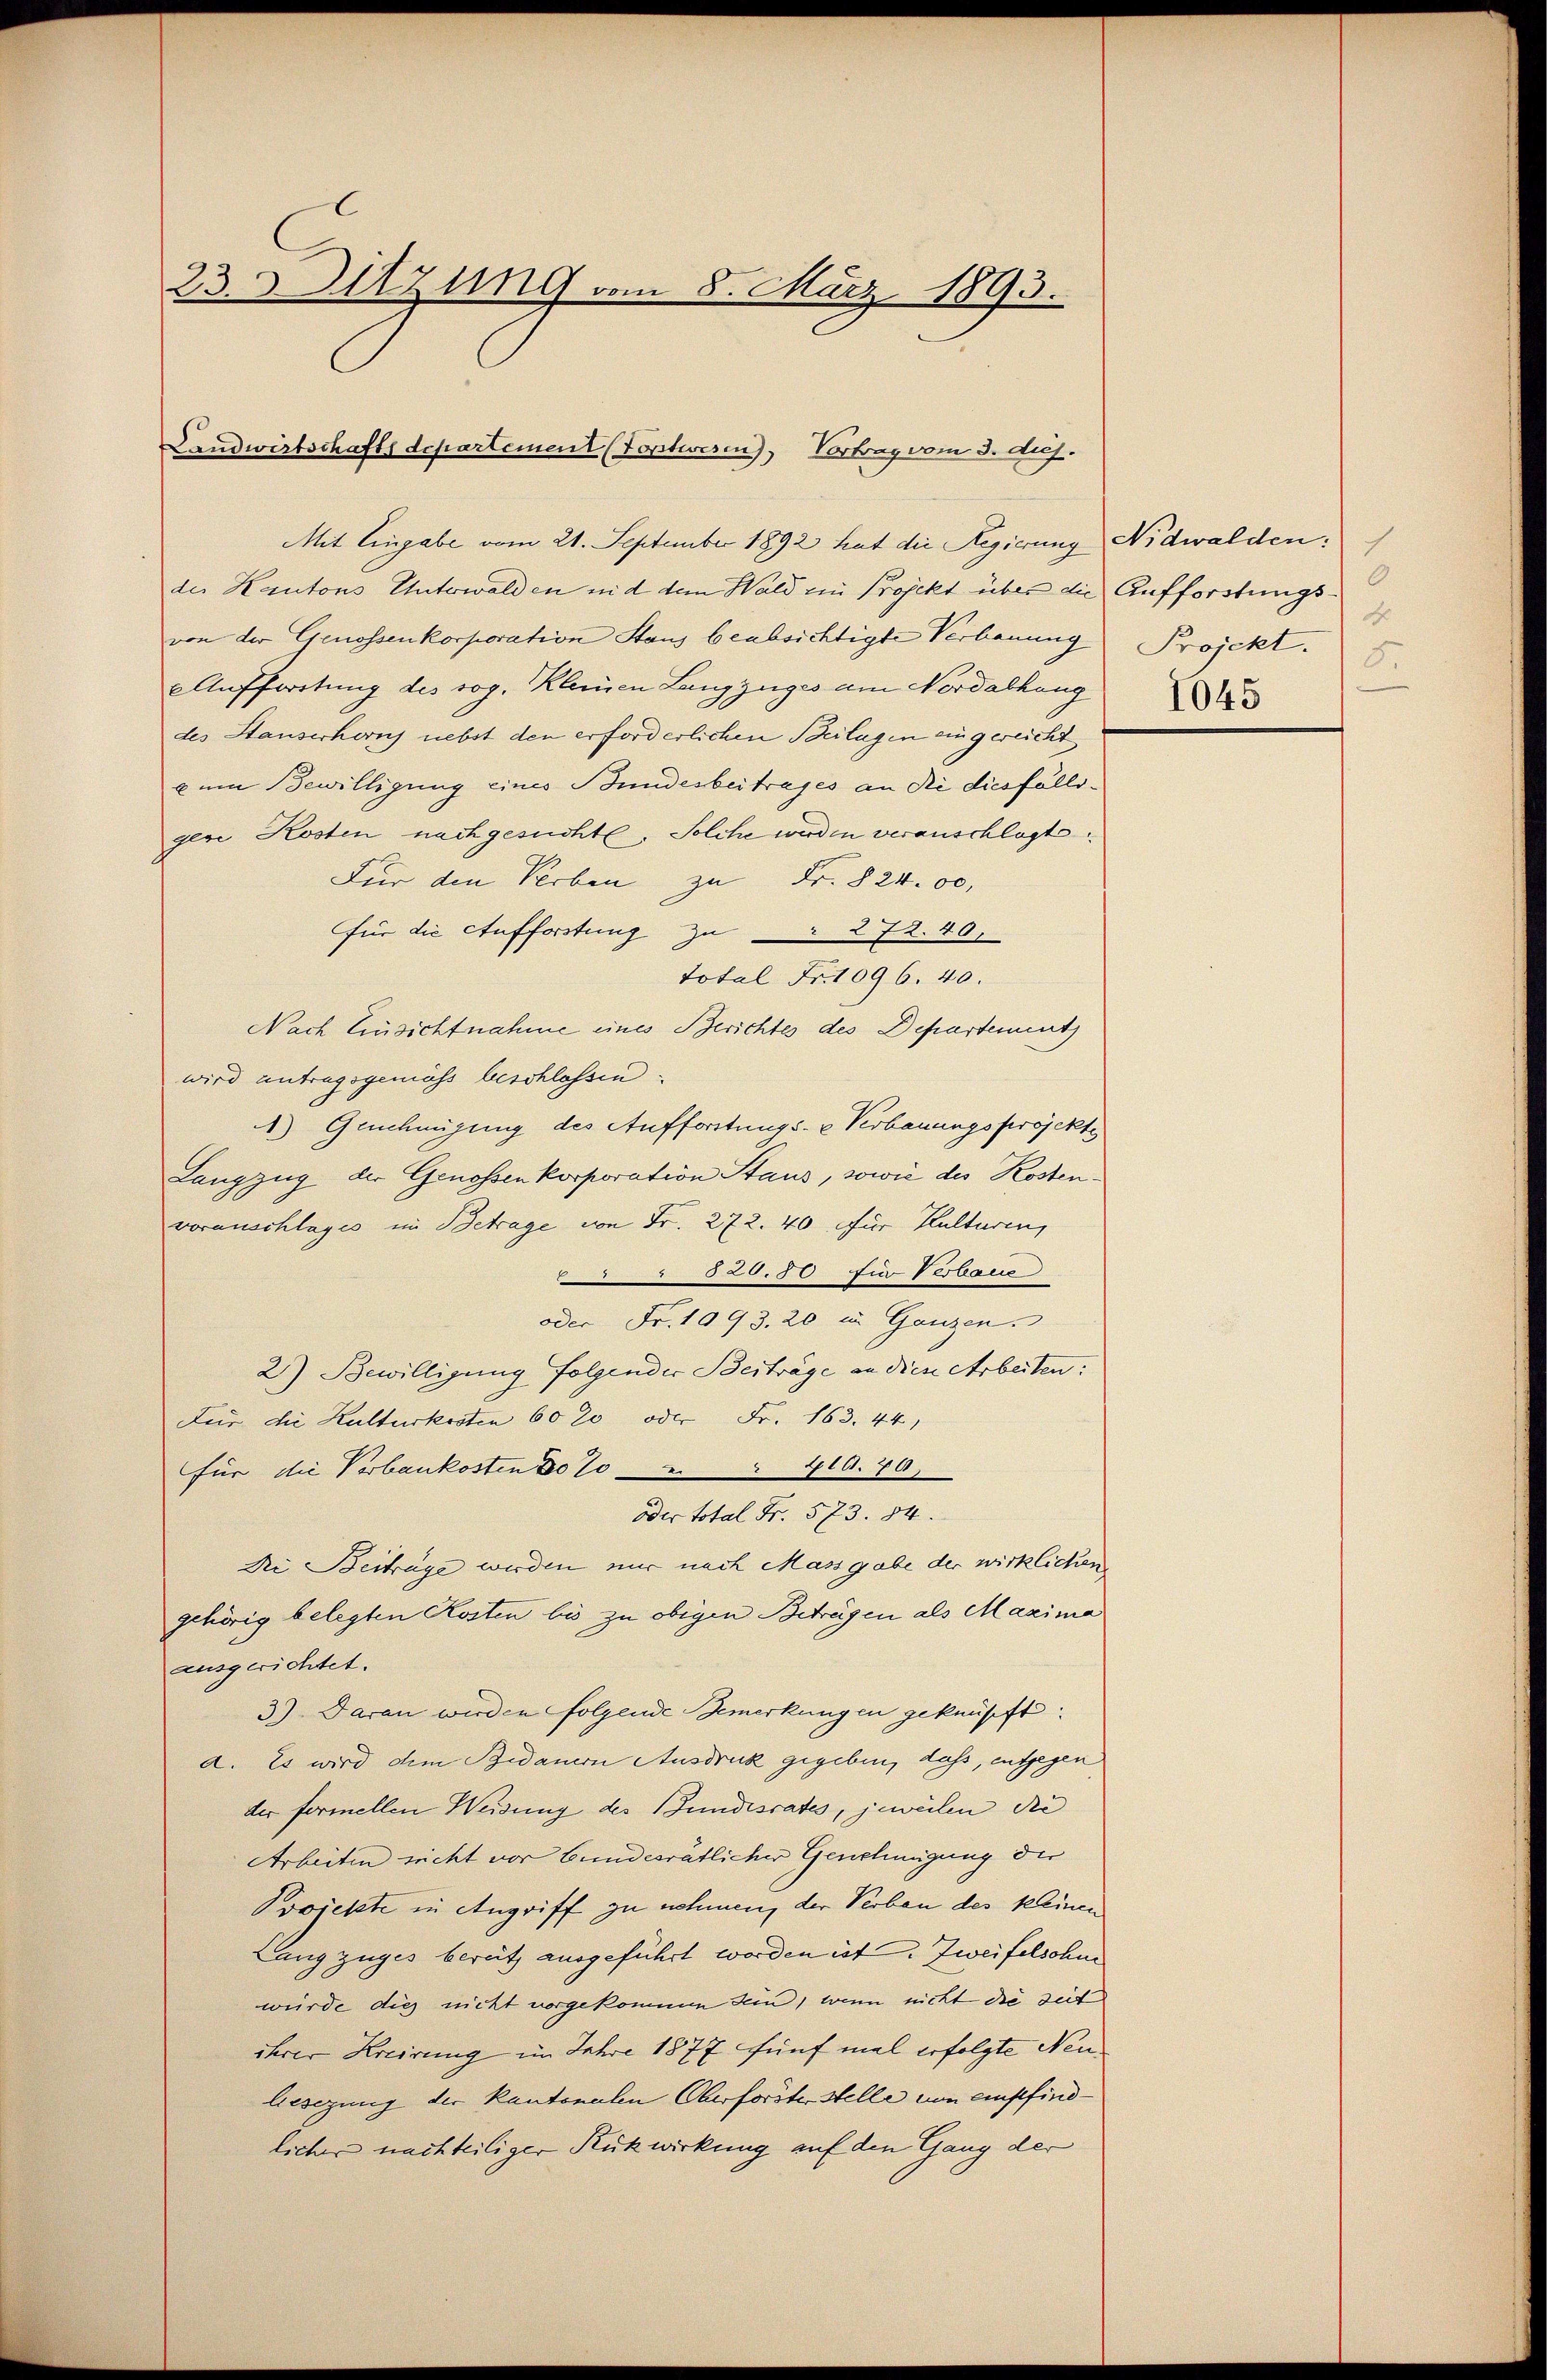
23. Sitzung vom 8. März 1893.

Landwirtschaftsdepartement (Toptwesen), Vortrag vom 3. huj.

Mit Eingabe vom 21. September 1892 hat die Regierung Nidwalden:
der Kantons Unterwalden nid dem Wald am Projekt über die Aufforstungsvon der Genossenkorporation Staus beabsichtigte Verbauung Projekt.
 Auffortung des sog. Kleinen Langzuges am Nordabhang
des Hauserheris nebst den erforderlichen Beilagen eingereicht
u um Bewilligung eines Bundesbeitrages an die diesfälligene Kosten nachgesuchte. Solche werden veranschlagt.
Für den Verben zu Fr. § 2400. |
für die Aufforstung zu 272.40,
Total Fr. 1096. 40.
Nach Einsichtnahme eines Berichtes des Departement
wird antragsgemäss beschlossen.
) Genehmigung des Aufforstungs- u Verbauungsprojekte
Lanzzug der Genossen korporation Staus, sowie des Kostenvorauschlages im Betrage von Fr. 272. 40. für Kulturen,
620.50 Ein Verbaue
oder Fr. 1093. 20 in Ganzen.
2) Bewilligung folgender Beiträge an diese Arbeiten:
Für die Kulturkosten 60 20 oder Fr. 163. 44)
für die Verbaukosten do 20 410. 40
oder total Fr. 573. 84.
Di Beitrage werden nur nach Massgabe der wirklichen
gehörig belegten Kosten bis zu obigen Betragen als Maxima
ausgerichtet.
3) Daran wirden folgende Bemerkungen geknüpft.
a. Es wird dem Bedauern Ausdruck gegeben, daß, entgegen
der formellen Weisung des Bundesrates, jeweilen die
Arbeiten nicht vor bundesrätlicher Genehmigung der
Projekte in Angriff zu nehmen, der Verbau des kleinen
Lang zuges berütz ausgeführt worden ist. Zweifelsohne
würde dies nicht vorgekommen sein, wenn nicht die Zeit
ihrer Kreirung im Jahre 1877 fünf mal erfolgte Neulesegung der Kantonalen Oberforster Stelle von empfind
licher nachteiliger Rückwirkung auf den Gang der

7
d
5.
1045